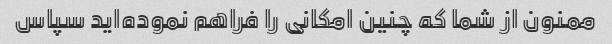
ممنون از شما که چنین امکانی را فراهم نموده‌اید سپاس